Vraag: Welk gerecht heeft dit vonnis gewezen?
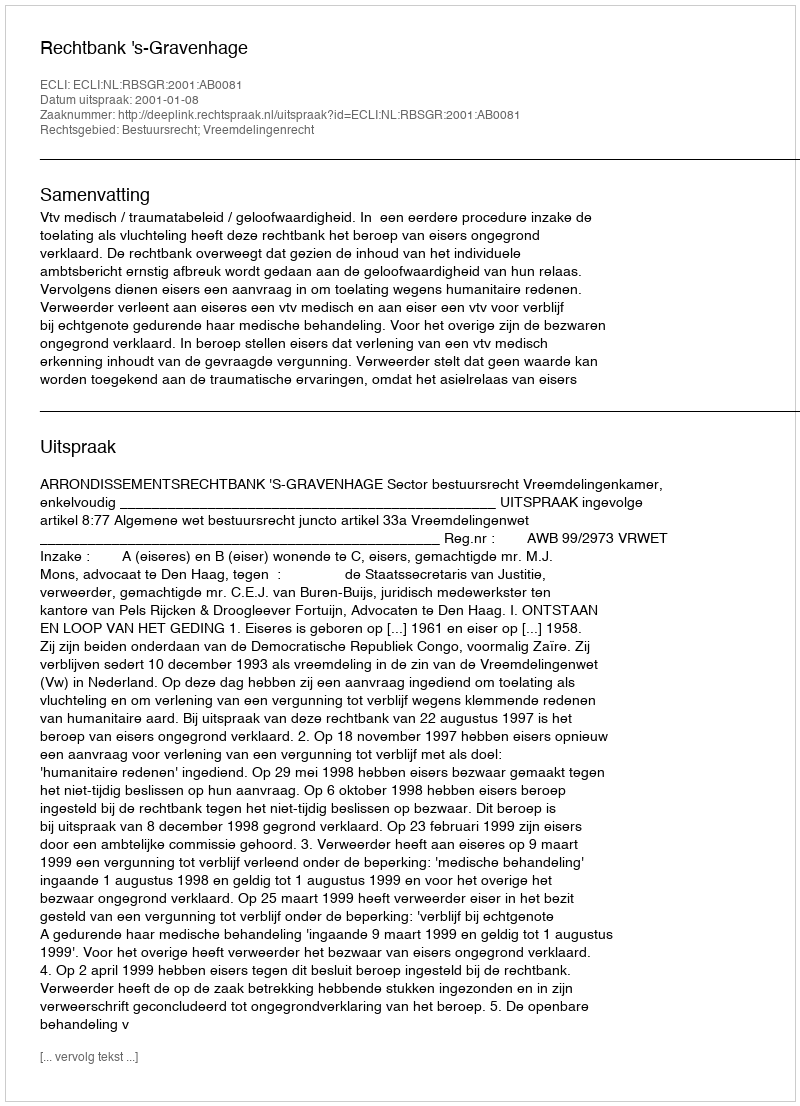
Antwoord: Rechtbank 's-Gravenhage